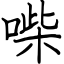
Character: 喍